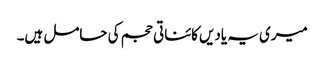
میری یہ یادیں کائناتی حجم کی حامل ہیں۔